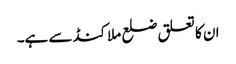
ان کا تعلق ضلع ملاکنڈ سے ہے۔